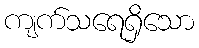
ကျက်သရေရှိသော